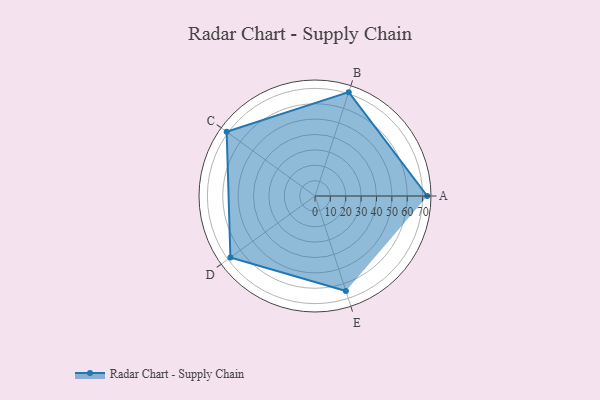
{"axis": {"x": "Skill", "y": "Score"}, "legend": ["Profile"], "data": [{"x": "A", "y": 73.0, "type": "Profile"}, {"x": "B", "y": 71.0, "type": "Profile"}, {"x": "C", "y": 71.0, "type": "Profile"}, {"x": "D", "y": 68.0, "type": "Profile"}, {"x": "E", "y": 65.0, "type": "Profile"}]}